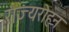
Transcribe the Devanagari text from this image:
राज्यरोहन